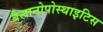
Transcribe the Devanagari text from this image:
बैलानोपोस्थाइटिस